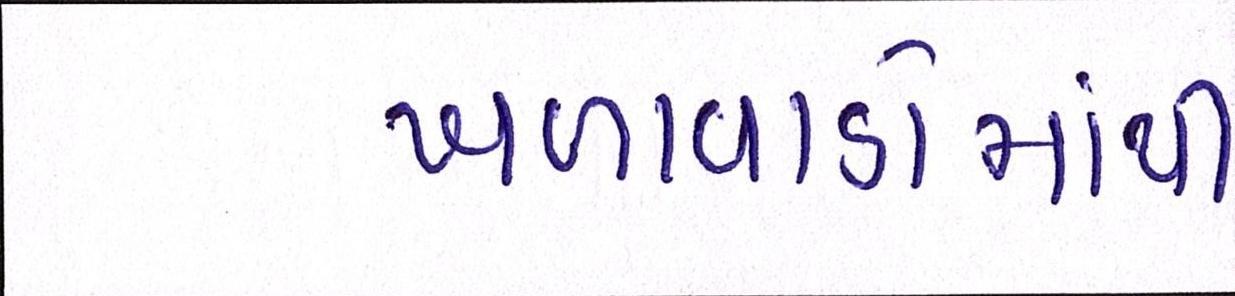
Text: ખળાવાડોમાંથી